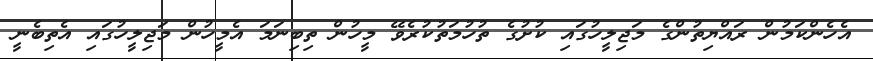
އެހެންކަމުން ރައްޔިތުންގެ މަޖިލީހުގައި ކުށުގެ ތުހުމަތުކުރެވޭ މީހުން ތިބިނަމަ އެމީހުން މަޖިލީހުގައި އެތިބެނީ